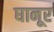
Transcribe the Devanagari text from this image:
घानूर